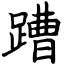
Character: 蹧